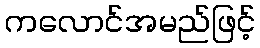
ကလောင်အမည်ဖြင့်